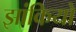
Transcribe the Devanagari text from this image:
झांकियो